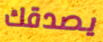
يصدقك